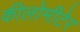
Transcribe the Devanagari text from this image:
कीलोमीटेर